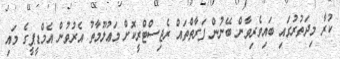
ކުރާ މިދަތުރުގައި ބައިވެރިވާން ބޭނުން ފަރާތްތައް ރެޖިސްޓްރީކޮށް މަޢުލޫމާތު އެރުވުން އެމްޑީޕީގެ މައި